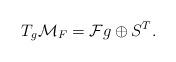
LaTeX: \begin{align*}T_g{\cal M}_F={\cal F}g\oplus S^T.\end{align*}